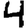
Digit: 4